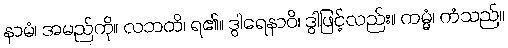
နာမံ၊ အမည်ကို။ လဘတိ၊ ရ၏။ ဒွါရေနာဝိ၊ ဒွါဖြင့်လည်း။ ကမ္မံ၊ ကံသည်။